Senior Leaving Certificate Examination (including Day School Certificate (Higher) General paper), 1946
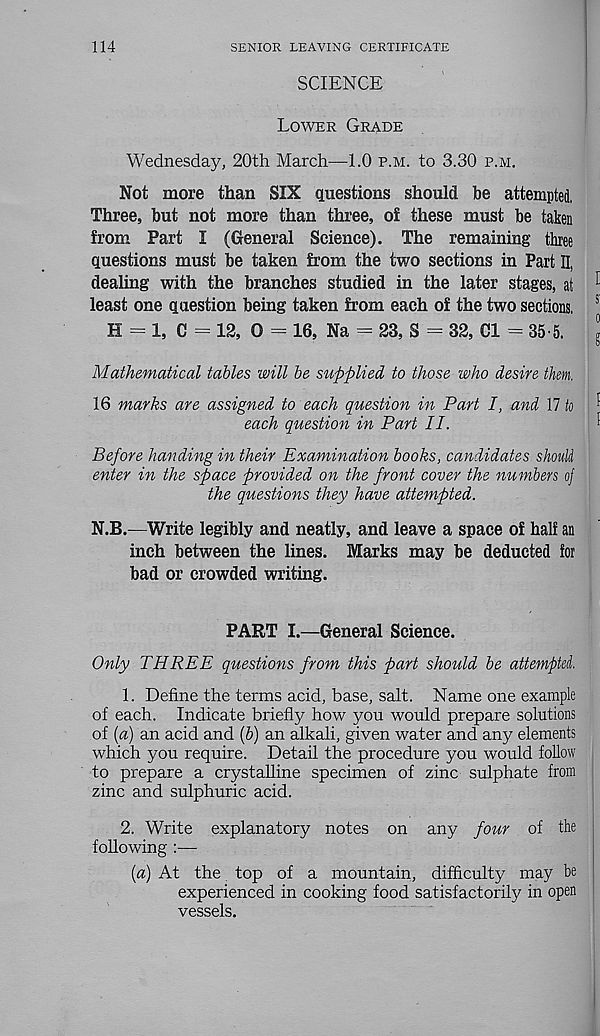
114
SENIOR LEAVING CERTIFICATE
SCIENCE
Lower Grade
Wednesday, 20th March—1.0 p.m. to 3.30 p.m.
Not more than SIX questions should be attempted.
Three, but not more than three, ol these must be taken
from Part I (General Science). The remaining three
questions must be taken from the two sections in Part II,
dealing with the branches studied in the later stages, at
least one question being taken from each of the two sections.
H = 1, C = 12, 0 = 16, Na = 23, S = 32, Cl = 35 5.
Mathematical tables will be supplied to those who desire them.
16 marks are assigned to each question in Part I, and 17 to
each question in Part II.
Before handing in their Examination books, candidates shouU
enter in the space provided on the front cover the numbers oj
the questions they have attempted.
N.B.—Write legibly and neatly, and leave a space of half an
inch between the lines. Marks may be deducted for
bad or crowded writing.
PART I.—General Science.
Only THREE questions from this part should be attempted,
1. Define the terms acid, base, salt. Name one example
of each. Indicate briefly how you would prepare solutions
of (a) an acid and (b) an alkali, given water and any elements
which you require. Detail the procedure you would follow
to prepare a crystalline specimen of zinc sulphate from
zinc and sulphuric acid.
2. Write explanatory notes on any four of the
following :—
{a) At the top of a mountain, difficulty may be
experienced in cooking food satisfactorily in open
vessels.